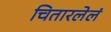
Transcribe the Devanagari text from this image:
चितारलेलं